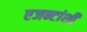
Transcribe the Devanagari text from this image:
एजन्टांशी